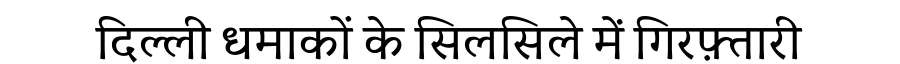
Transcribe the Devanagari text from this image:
दिल्ली धमाकों के सिलसिले में गिरफ़्तारी